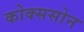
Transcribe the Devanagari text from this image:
कोक्ससोन